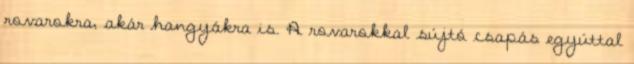
rovarokra, akár hangyákra is. A rovarokkal sújtó csapás egyúttal